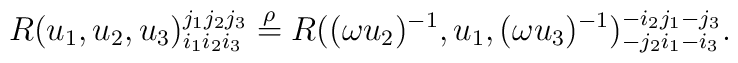
R(u_1,u_2,u_3)^{j_1j_2j_3}_{i_1i_2i_3}\stackrel{\rho}{=}R((\omega u_2)^{-1},u_1,(\omega u_3)^{-1})^{-i_2j_1-j_3}_{-j_2i_1-i_3}.